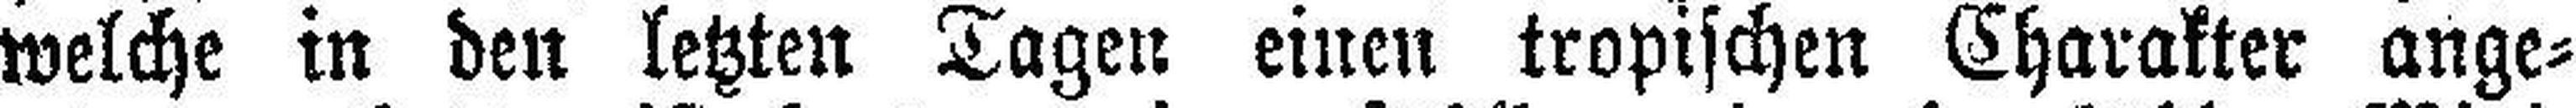
welche in den letzten Tagen einen tropischen Charakter ange¬